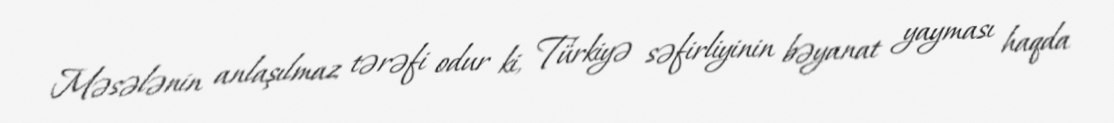
Məsələnin anlaşılmaz tərəfi odur ki, Türkiyə səfirliyinin bəyanat yayması haqda